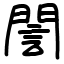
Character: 誾